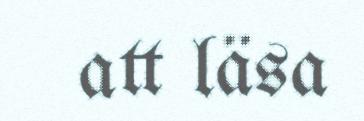
att läsa